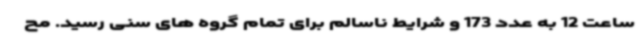
ساعت 12 به عدد 173 و شرایط ناسالم برای تمام گروه های سنی رسید. مح